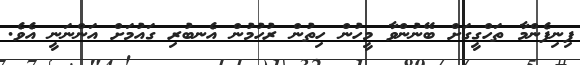
ފިނިފެންމާ ތަހްގީގަށް ބޭނުންވާ މީހުން ހިތުން ރުހުމުން އެނބުރި ގައުމަށް އަންނަނީ އެވެ.